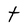
Character: t